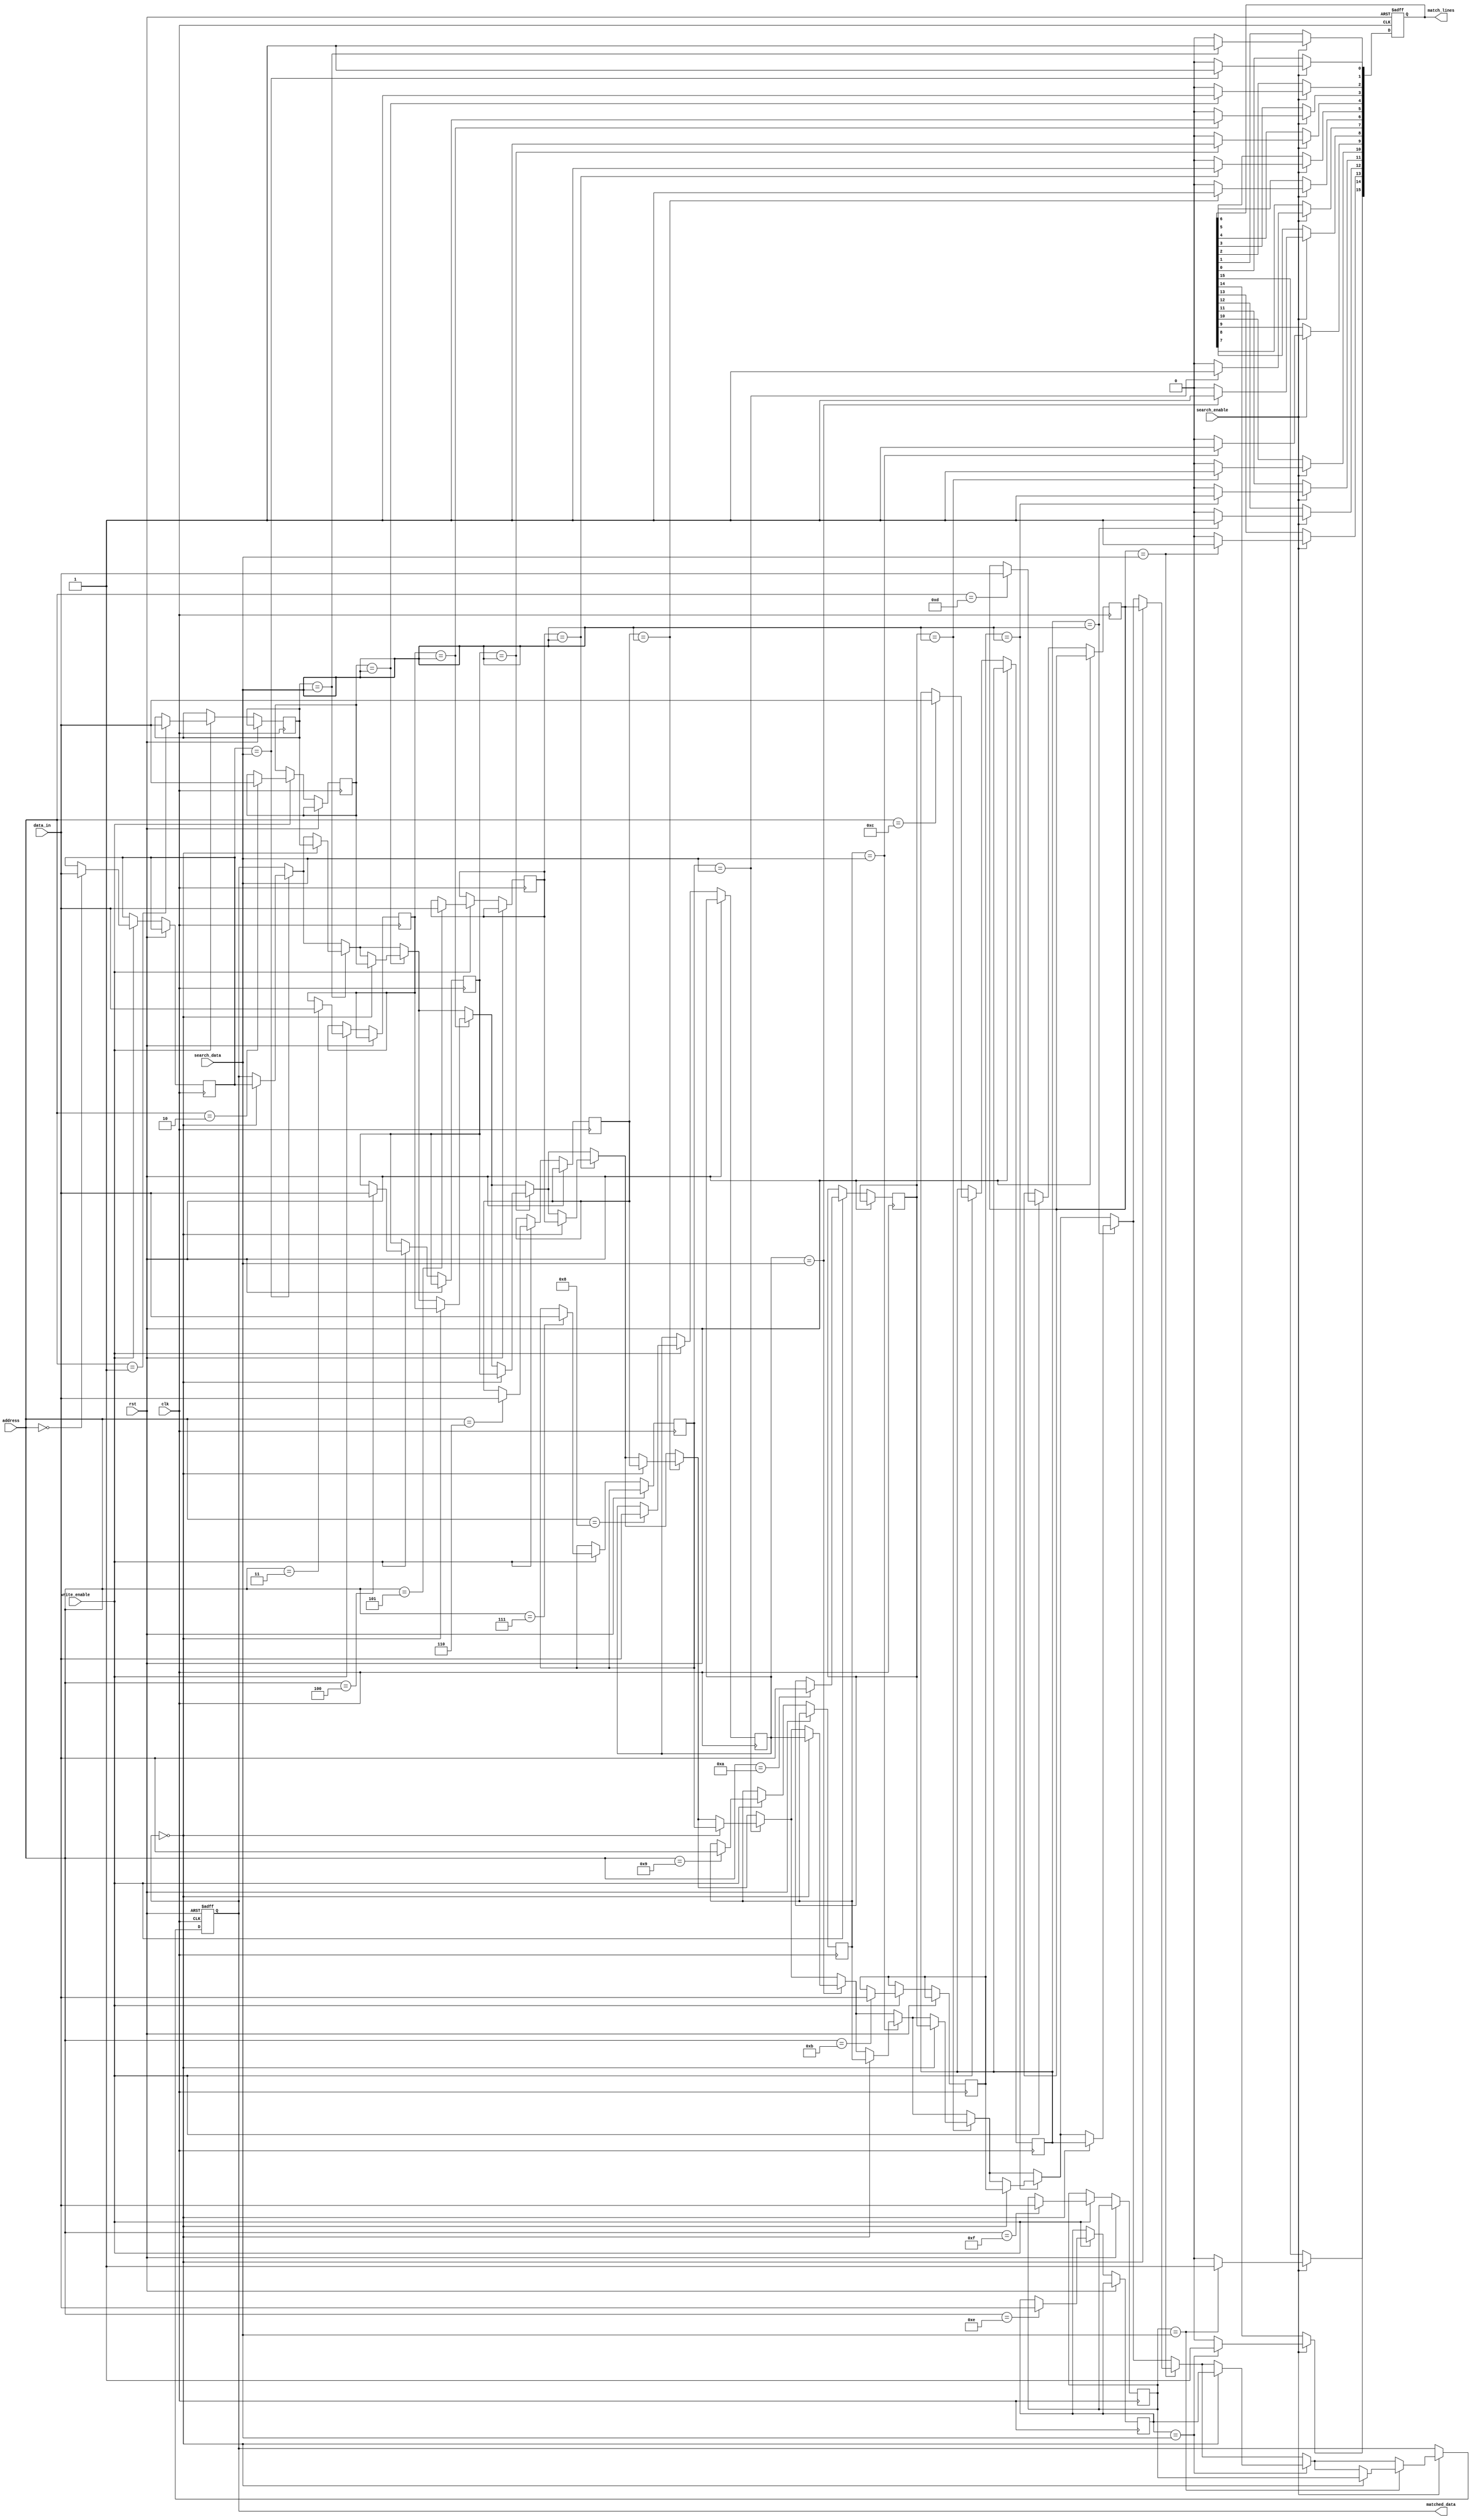
module row_based_cam #(
    parameter DATA_WIDTH = 8,   // Width of the data
    parameter NUM_ROWS = 16      // Number of entries in the CAM
)(
    input wire clk,              // Clock signal
    input wire rst,              // Reset signal
    input wire [DATA_WIDTH-1:0] data_in, // Data input for writing
    input wire [3:0] address,    // Address for writing (if needed)
    input wire write_enable,      // Write enable signal
    input wire [DATA_WIDTH-1:0] search_data, // Data to search for
    input wire search_enable,      // Search enable signal
    output reg [NUM_ROWS-1:0] match_lines, // Match lines output
    output reg [DATA_WIDTH-1:0] matched_data // Data associated with the first match
);

// Memory array
reg [DATA_WIDTH-1:0] memory [0:NUM_ROWS-1];

// Search logic
integer i;
always @(posedge clk or posedge rst) begin
    if (rst) begin
        match_lines <= 0;
        matched_data <= 0;
    end else begin
        // Handle write operation
        if (write_enable) begin
            memory[address] <= data_in;
        end
        
        // Handle search operation
        if (search_enable) begin
            match_lines <= 0; // Reset match lines
            for (i = 0; i < NUM_ROWS; i = i + 1) begin
                if (memory[i] == search_data) begin
                    match_lines[i] <= 1; // Set match line for matching row
                    if (matched_data == 0) begin
                        matched_data <= memory[i]; // Store the first matched data
                    end
                end else begin
                    match_lines[i] <= 0; // Clear match line for non-matching row
                end
            end
        end
    end
end

endmodule